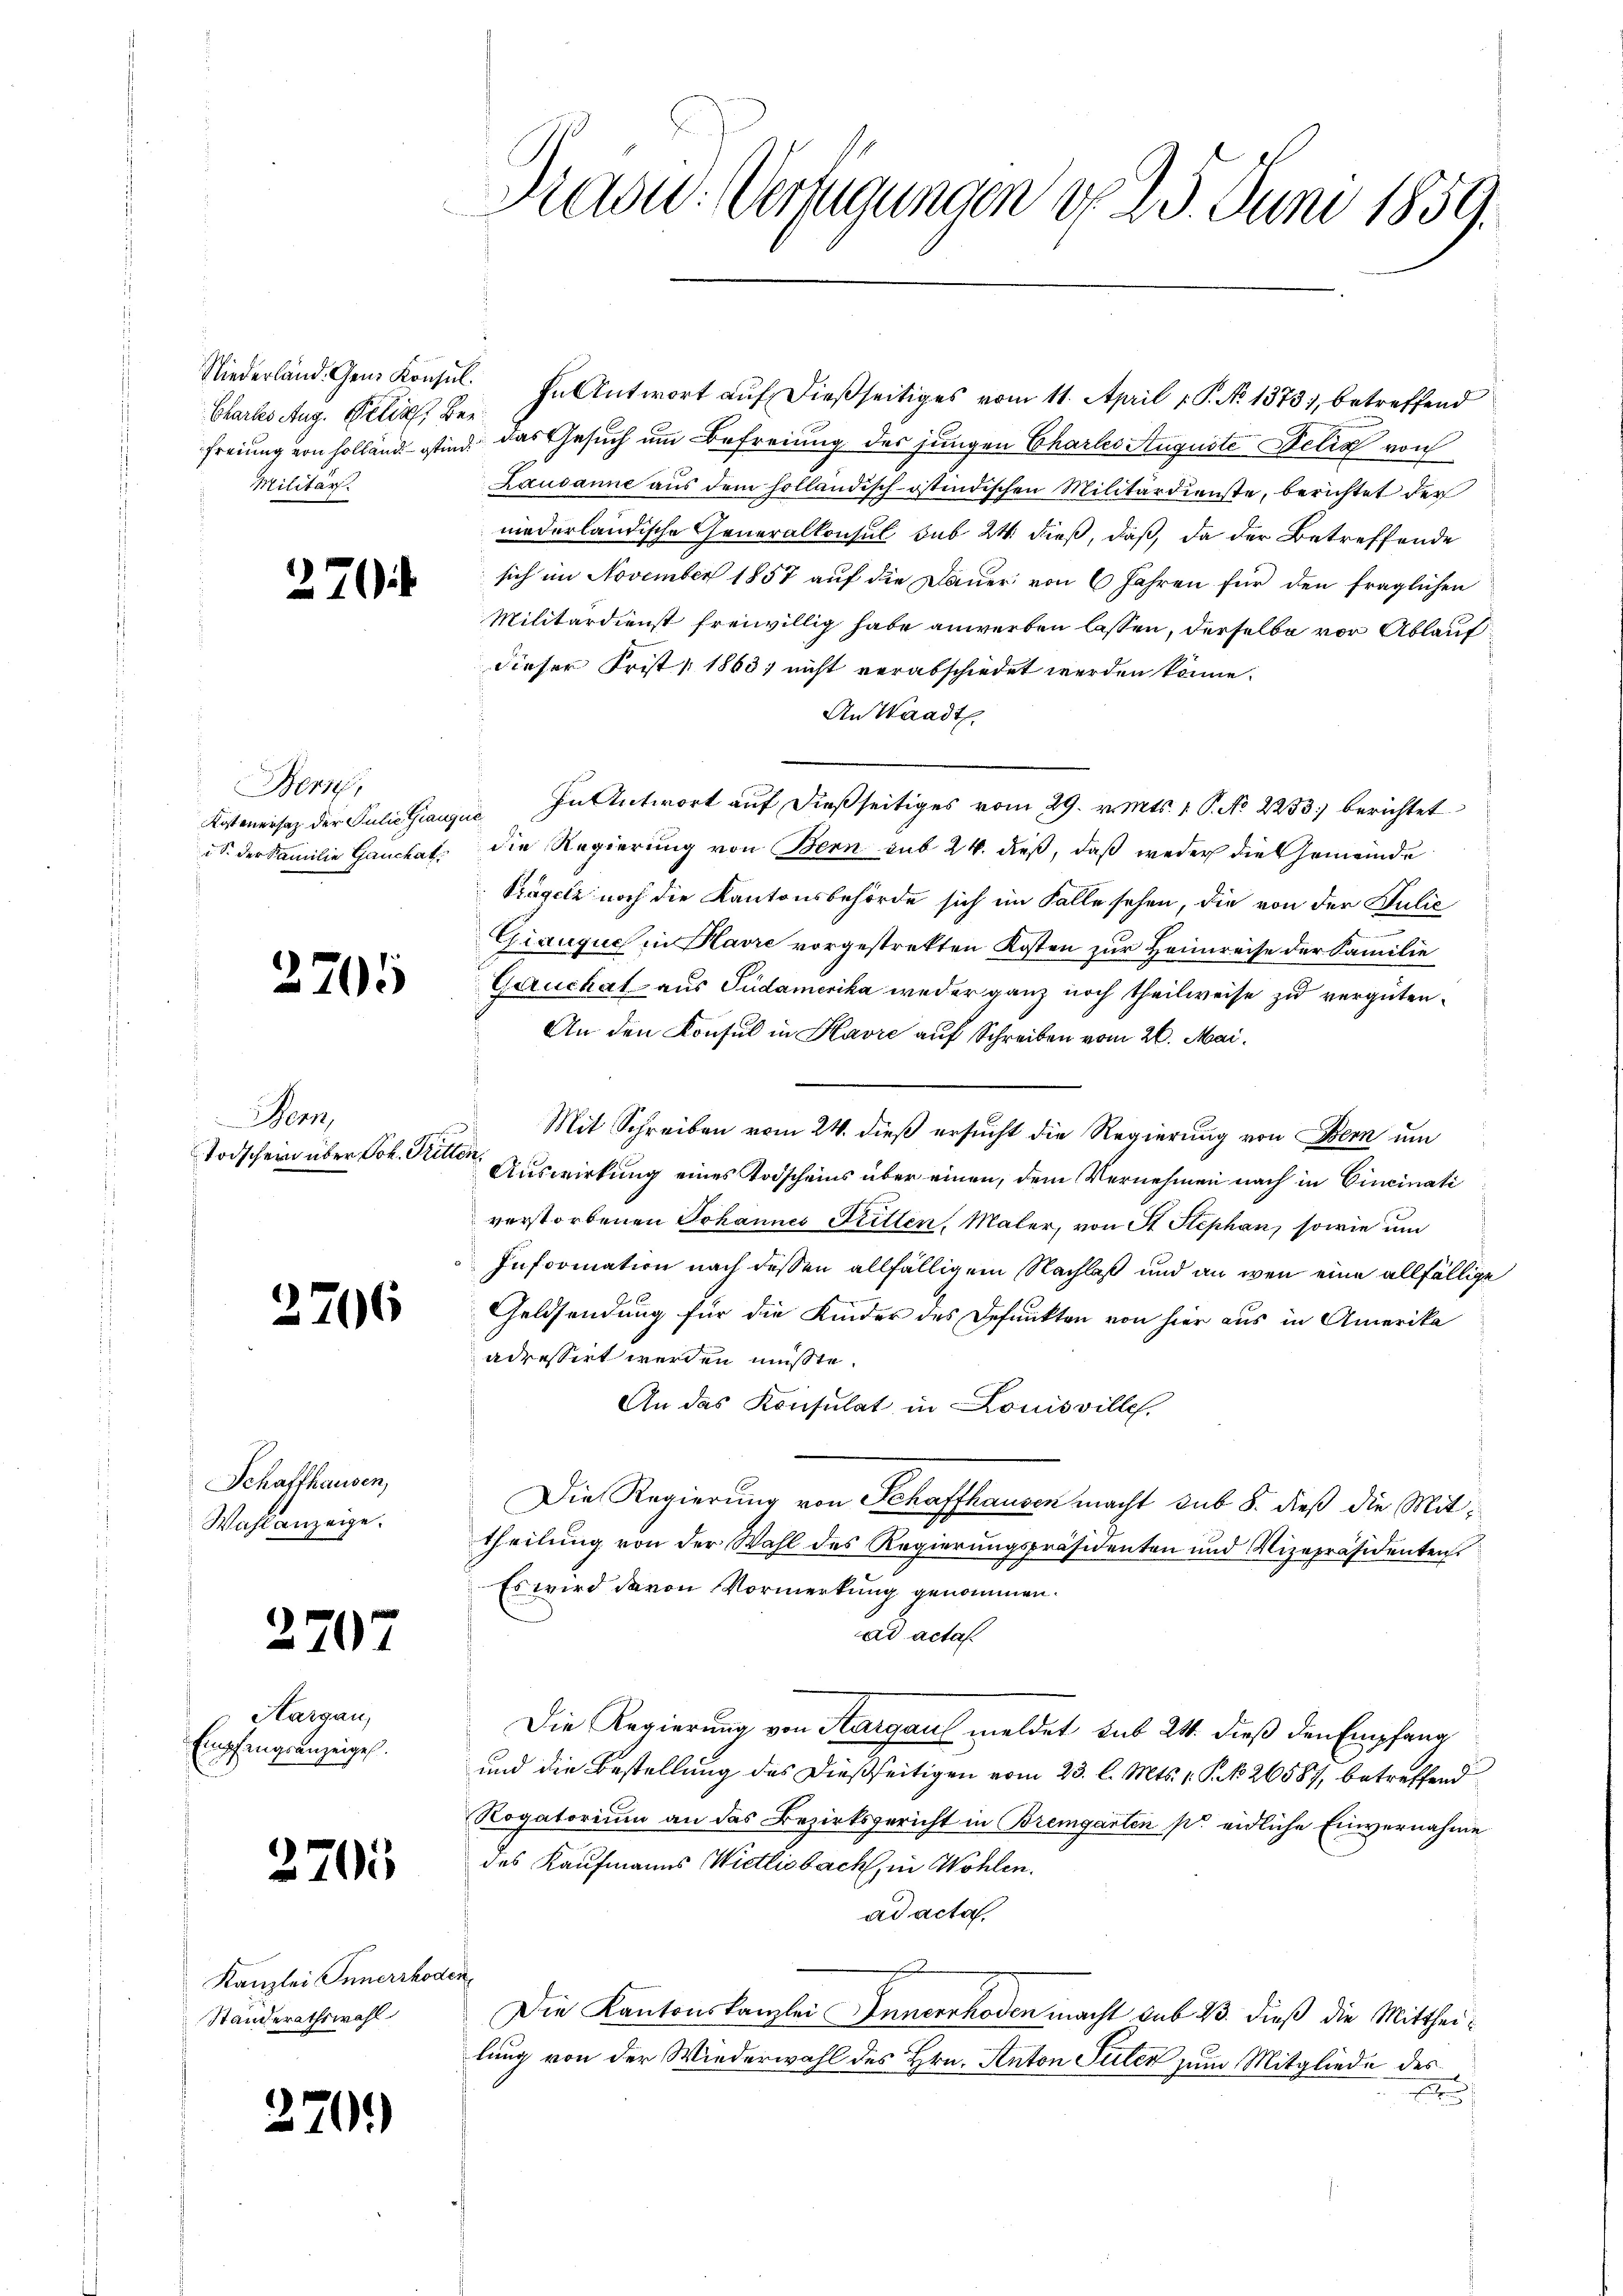
Chartes Aug. Petia, Ber
Militär.

Bern,
S. der Familie Gauchat

2707

.

2706

Schaffhausen,
Wahlanzeige.

Hargau,
Empfangsanzeigel.

270

705

3205

Bern,
Todschein über Joh. Tritte

Kanzlei Innerrhod
Standerathswahl

20.)

Kad: Verfügungen d. 23. Juni 1859.

Niederland. Gene Konsŭl. In Antwort aŭf dießseitiges vom 11. April 1. P. No 1373), betreffend
freiung von Holland sind das Gesuch um Befreiung des jungen Chartes Auguste Felix von
Lausanne aus dem holländisch-östindischen Militärdienste, berichtet der
niederländische Generalkonsul sub 24 dieß, daß, da der Betreffende
sich im November 1857 auf die Dauer von 6 Jahren für den fraglichen
Militärdienst freiwillig habe anwerben lassen, derselbe vor Ablaufdieser Frist 1863; nicht verabschiedet werden könne.
An Waadt,
Kostenersatz der Julie Grauzuo In Antwort auf dießseitiges vom 29. v. Mts. 1 P. No 2233) berichtet
die Regierung von Bern sub 24. dieß, daß weder die Gemeinde
Trägeli noch die Kantonsbehörde sich im Falle sehen, die von der Julić
Giauguch in Havre vorgestrekten Kosten zur Heimreise der Familie
Geruchat aus Südamerika weder ganz noch theilweise zu vergüten.
An den Konsul in Havre auf Schreiben vom 26. Mai.
Mit Schreiben vom 24. dieß ersucht die Regierung von Bern um
.
Auswirkung eines Todscheins über einen, dem Vernehmen nach in Cincinati
verstorbenen Johannes Ritten, Maler, von St. Stephan, sowie um
Information nach dessen allfälligem Nachlaß und an wen eine allfällige
Geldsendung für die Kinder des Gefunkten von hier aus in Amerika
adressirt werden müßte.
An das Konsulat in Louisville.
Die Regierung von Schaffhausen macht sub 8. dieß die Mittheilung von der Wahl des Regierungspräsidenten und Vizepräsidenten.
Es wird davon Vormerkung genommen.
ad acta.
Die Regierung von Sargau meldet sub 24. dieß den Empfang
und die Bestellung des dießseitigen vom 23. l. Mts. 1. P. N. 26587, betreffend
Rogatorium an das Bezirksgericht in Bremgarten pr. eidliche Einvernahme
des Kaufmanns Wietlisbach, in Wohlen.
ad acta.
f
Die Kantonskanzlei Innerrhoden macht sub 23. dieß die Mittheilung von der Wiederwahl des Hrn. Anton Suter zum Mitgliede des
e